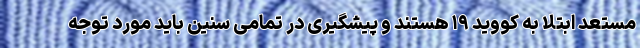
مستعد ابتلا به کووید ۱۹ هستند و پیشگیری در تمامی سنین باید مورد توجه